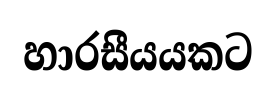
හාරසීයයකට